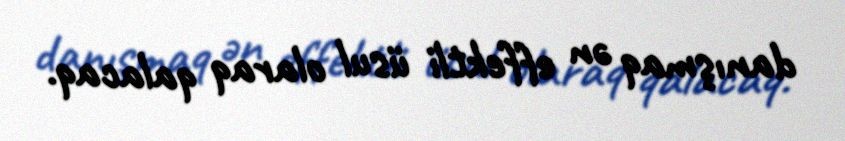
danışmaq ən effektli üsul olaraq qalacaq.